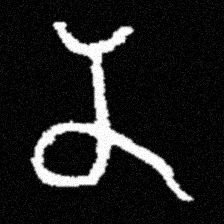
Pyu character \u2014 Myanmar letter: န (romanized: na)